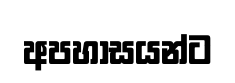
අපහාසයන්ට